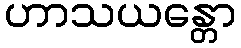
ဟာသယန္တော